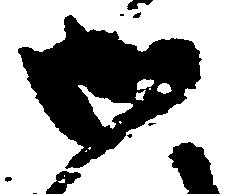
御